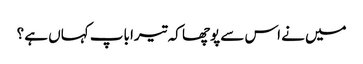
میں نے اس سے پوچھا کہ تیرا باپ کہاں ہے ؟